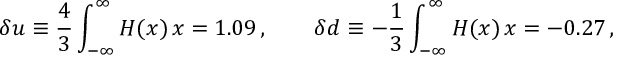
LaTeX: \delta u \equiv \frac 4 3 \int _ { - \infty } ^ { \infty } H ( x ) \, \d x = 1 . 0 9 \, , \qquad \delta d \equiv - \frac 1 3 \int _ { - \infty } ^ { \infty } H ( x ) \, \d x = - 0 . 2 7 \, ,